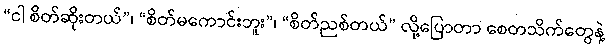
“ငါ စိတ်ဆိုးတယ်”၊ “စိတ်မကောင်းဘူး”၊ “စိတ်ညစ်တယ်” လို့ပြောတာ စေတသိက်တွေနဲ့